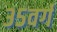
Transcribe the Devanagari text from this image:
३५वर्ग